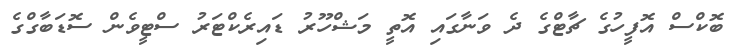
ބޮކްސް އޮފީހުގެ ޗާޓްގެ ދެ ވަނާގައި އޮތީ މަޝްހޫރު ޑައިރެކްޓަރު ސްޓީވެން ސޮޑަބާގްގެ